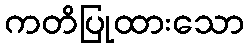
ကတိပြုထားသော